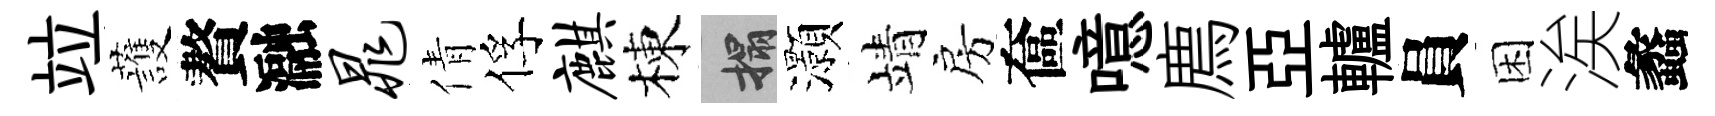
竝䕶贅瀜晁倩俘麒棟搨灝靖房奩噫廌亞轤員困涘蠡